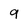
Character: 9